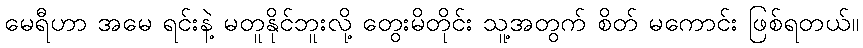
မေရီဟာ အမေ ရင်းနဲ့ မတူနိုင်ဘူးလို့ တွေးမိတိုင်း သူ့အတွက် စိတ် မကောင်း ဖြစ်ရတယ်။